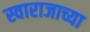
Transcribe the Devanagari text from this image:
स्वाराजाच्या